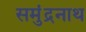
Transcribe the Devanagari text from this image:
समुंद्रनाथ